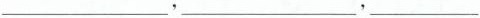
___，___，___